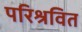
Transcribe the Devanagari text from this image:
परिश्रवित